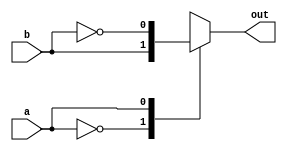
module gateusmux (out,a,b);
  input a,b;
  output reg out;
  always @(a or b)
  begin
    case (a)
      1'b 0 : out = b;
      1'b 1 : out = (~b);
    endcase
  end
endmodule